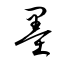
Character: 墨